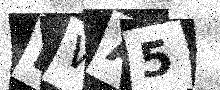
Text: DWA5